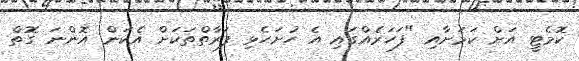
ކޮމެޓީ އަށް ކަމަށާއި "ފަހަރެއްގައި އެ ހުށަހެޅި ފަރާތްތަކަށް އެކަން އޮންނަ ގޮތް